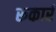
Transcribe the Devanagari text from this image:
रूकारं